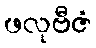
ဖလုဗီဇံ